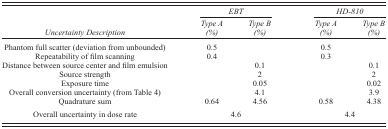
|  | <COLSPAN=2> EBT | <COLSPAN=2> HD‐810 |
 | Uncertainty Description | Type A (%) | Type B (%) | Type A (%) | Type B (%) |
 | --- | --- | --- | --- | --- |
 | Phantom full scatter (deviation from unbounded) | 0.5 |  | 0.5 |  |
 | Repeatability of film scanning | 0.4 |  | 0.3 |  |
 | Distance between source center and film emulsion |  | 0.1 |  | 0.1 |
 | Source strength |  | 2 |  | 2 |
 | Exposure time |  | 0.05 |  | 0.02 |
 | Overall conversion uncertainty (from Table 4) |  | 4.1 |  | 3.9 |
 | Quadrature sum | 0.64 | 4.56 | 0.58 | 4.38 |
 | Overall uncertainty in dose rate |  | 4.6 |  | 4.4 |